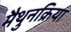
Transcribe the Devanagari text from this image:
मैथुनक्रिया